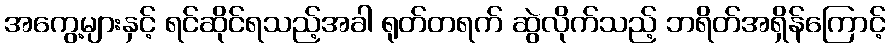
အကွေ့များနှင့် ရင်ဆိုင်ရသည့်အခါ ရုတ်တရက် ဆွဲလိုက်သည့် ဘရိတ်အရှိန်ကြောင့်